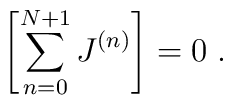
\left[\sum_{n=0}^{N+1}J^{(n)}\right] = 0\; .